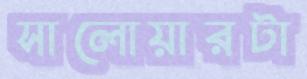
সালোয়ারটা